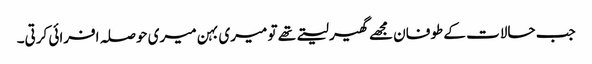
جب حالات کے طوفان مجھے گھیر لیتے تھے تو میری بہن میری حوصلہ افرائی کرتی۔